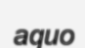
aquo